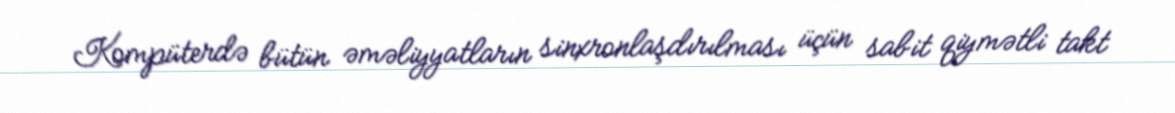
Kompüterdə bütün əməliyyatların sinxronlaşdırılması üçün sabit qiymətli takt